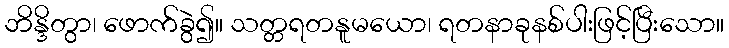
ဘိန္ဒိတွာ၊ ဖောက်ခွဲ၍။ သတ္တရတနူမယော၊ ရတနာခုနစ်ပါးဖြင့်ပြီးသော။